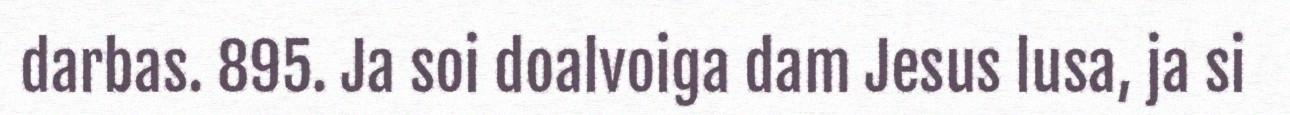
darbas. 895. Ja soi doalvoiga dam Jesus lusa, ja si